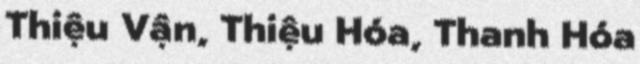
Thiệu Vận, Thiệu Hóa, Thanh Hóa